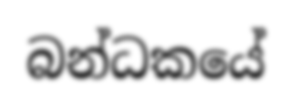
බන්ධකයේ